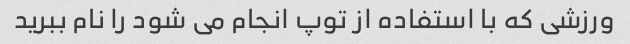
ورزشی که با استفاده از توپ انجام می شود را نام ببرید